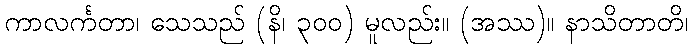
ကာလင်္ကတာ၊ သေသည် (နိ၊ ၃၀၀) မူလည်း။ (အဿ)။ နာသိတာတိ၊